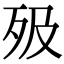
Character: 𣧉